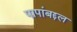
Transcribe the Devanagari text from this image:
पापांबद्दल